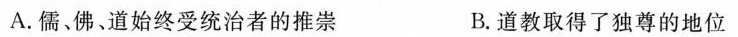
A.儒、佛、道始终受统治者的推崇 B.道教取得了独尊的地位